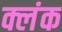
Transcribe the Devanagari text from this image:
क्लंक